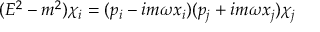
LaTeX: ( E ^ { 2 } - m ^ { 2 } ) \chi _ { i } = ( p _ { i } - i m \omega x _ { i } ) ( p _ { j } + i m \omega x _ { j } ) \chi _ { j }